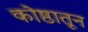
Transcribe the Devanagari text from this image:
कोष्ठातून